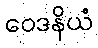
ဝေဒနိယံ